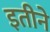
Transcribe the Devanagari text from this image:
इतीने